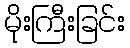
မိုးကြီးခြင်း